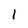
Character: 1